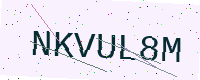
Text: NKVUL8M